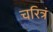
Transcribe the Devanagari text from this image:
चरित्रं